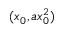
( x _ { 0 } , a x _ { 0 } ^ { 2 } )